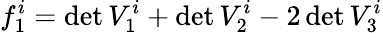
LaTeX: f_{1}^{i}=\operatorname*{det}V_{1}^{i}+\operatorname*{det}V_{2}^{i}-2\operatorname*{det}V_{3}^{i}